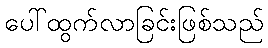
ပေါ်ထွက်လာခြင်းဖြစ်သည်